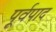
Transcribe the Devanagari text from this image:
पूर्वपाद